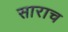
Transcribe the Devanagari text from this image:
साराच